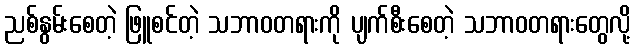
ညစ်နွမ်းစေတဲ့ ဖြူစင်တဲ့ သဘာဝတရားကို ပျက်စီးစေတဲ့ သဘာဝတရားတွေလို့